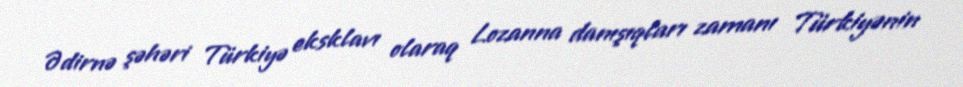
Ədirnə şəhəri Türkiyə eksklavı olaraq Lozanna danışıqları zamanı Türkiyənin